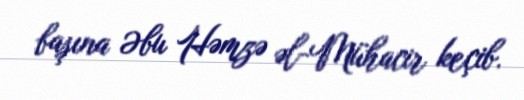
başına Əbu Həmzə əl-Mühacir keçib.